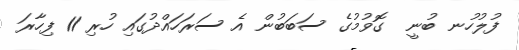
ފުލުހުނ ބުނީ  ގޮވުމުގެ ސަބަބުން އެ ސަރަހައްދުގައި ހުރި 11 ފިހާރަ